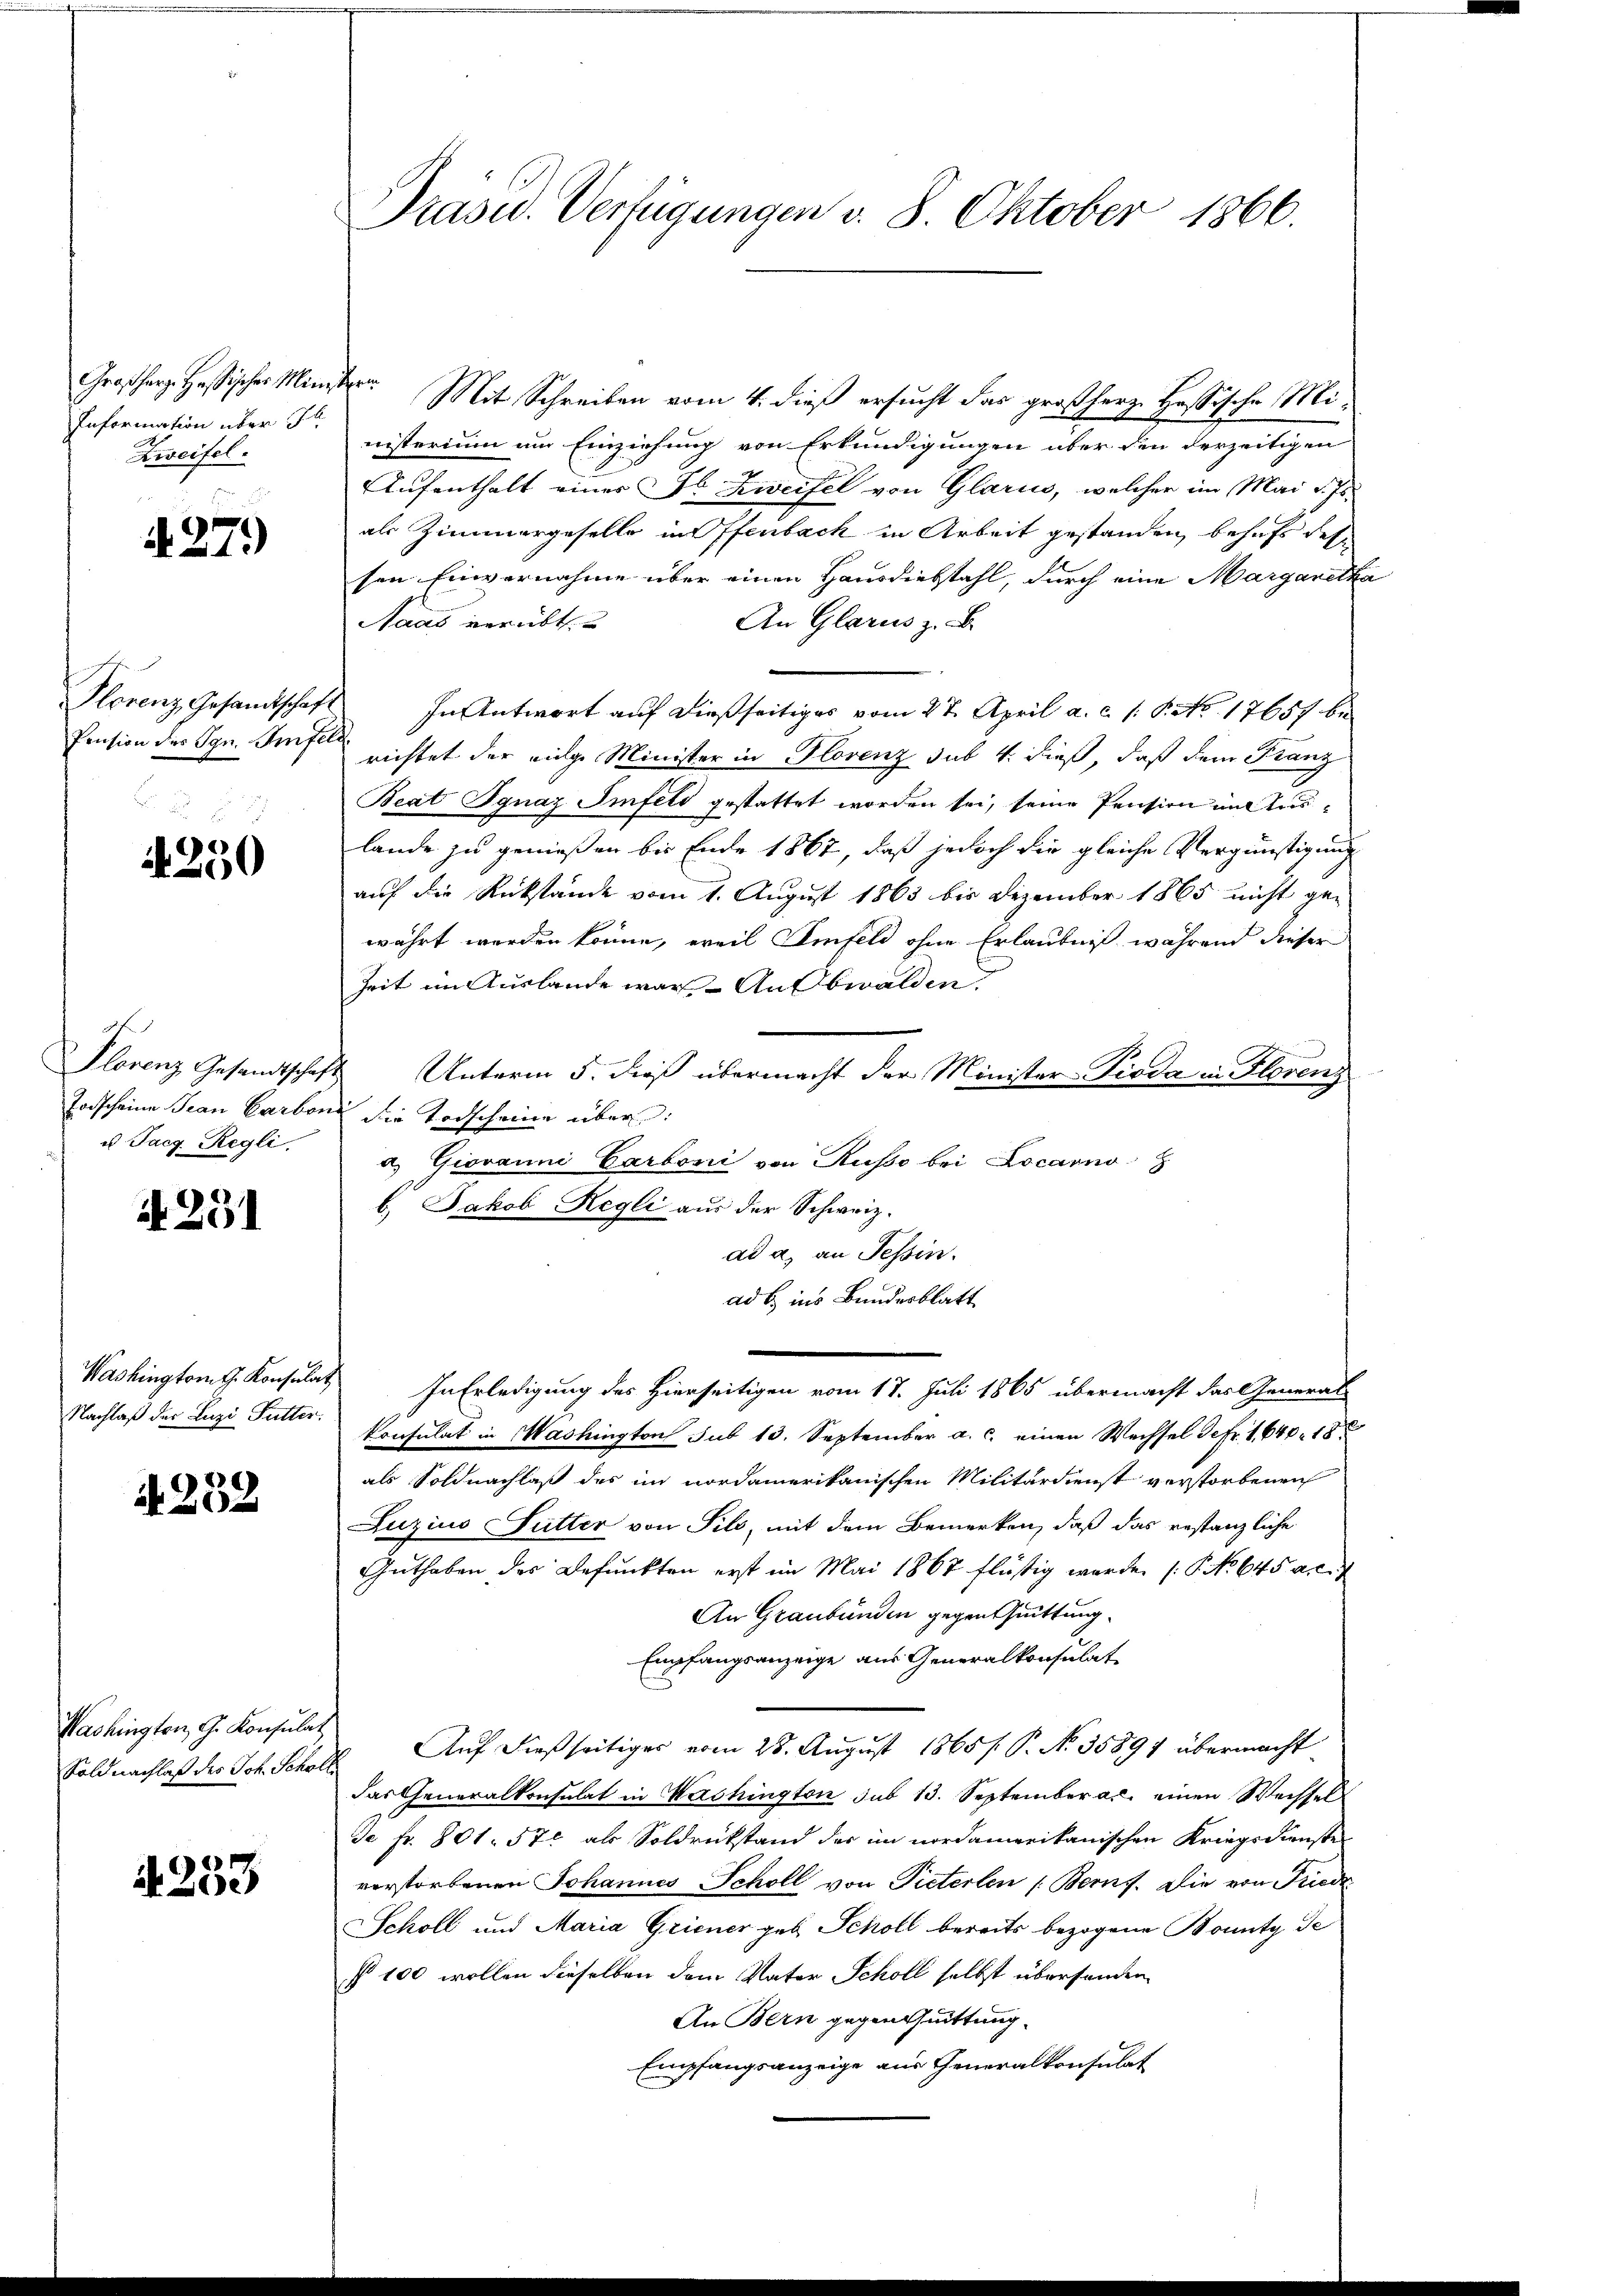
Information über d
Zweifel.

4279)

4250

us Tacg Regli.

No. 291

Nachlaß der Luzi Futter.

A 252

Washingten, G. Konsulat
Soldnachlaß des Joh. Scholl

A 233

Präsid. Verfügungen v. 8. Oktober 1866.

Großherz. Heßisches Minister. Mit Schreiben vom 4. dieß ersucht das großherz. Hassische Ministerium um Einziehung von Erkundigungen über den derzeitigen
Aufenthalt eines Fl Zweifel von Glarus, welcher im Mai d. Js.
als Zimmergeselle in Offenbach in Arbeit gestanden, behufs des
sen Einvernahme über einen Hausdiebstahl, durch eine Margaretha
An Glarus z. B.
Naas verübt.
Plorenz Gesamtschaft In Antwort auf dießseitiges vom 27. April a. c. s. S. No 17657 be
Pension des Sgr. Frist nichtet der eige Minister in Florenz sub 4. dieß, daß dem Franz
Beat Ignaz Imfeld gestattet worden sei, seine Pension mit Anlande zu genießen bis Ende 1867, daß jedoch die gleiche Vergünstigung
auf die Rückstände vom 1. August 1863 bis Dezember 1865 nicht ge-
währt werden könne, weil Simfeld ohne Erlaubniß während dieser
Zeit im Auslande war Ausbwalden.
Plorenz Gesandtschaft Unterm 5. dieß übermacht der Minister Pioda in Florenz
Toischeine Frau Carbond die Todscheine über
a. Giovanni Carboni von Russo bei Locarno
b. Jakob Hegli aus der Schweiz.
ad a. an Tessin.
ad b. ins Bundesblatt
Washington G. Konsulat In Erledigung des Hierseitigen vom 17. Juli 1865 übermacht das General-
konsulat in Washington sub 13. September a. c. einen Wechsel defr. 1,640. 18
als Soldnachlaß des im nordamerikanischen Militärdienst verstorbenen
Luzius Futter von Pils, mit dem Bemerken, daß das restanzliche
Guthaben des Befunkten erst im Mai 1867 flüßig werde (P No 645 a.c.
An Graubünden gegen Quittung.
Empfangsanzeige aus Generalkonsulat
Auf dießseitiger vom 28. August 1865 /: P. No. 35891 übermacht
das Generalkonsulat in Washington sub 13. September a. einen Wechsel
Ja Fr. 801. 572 als Soldrückstand des im nordamerikanischen Kriegsdienste
vorstorbenen Johannes Scholl von Pieterlen (Berns. Die von Friede
Scholl und Maria Griener geb. Scholl bereits bezogene Bounty de
§ 100 wollen dieselben dem Vater Schöll selbst übersenden
An Bern gegentuittung.
Empfangsanzeige aus Generalkonsulat